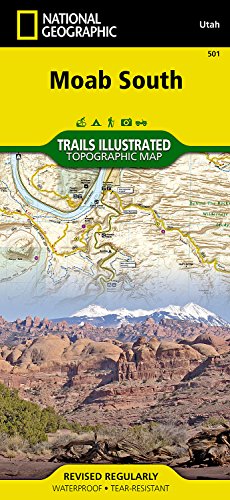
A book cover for Moab South (National Geographic Trails Illustrated Map); National Geographic Maps - Trails Illustrated; Travel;